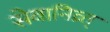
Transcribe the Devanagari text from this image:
सेवानिव्र्त्